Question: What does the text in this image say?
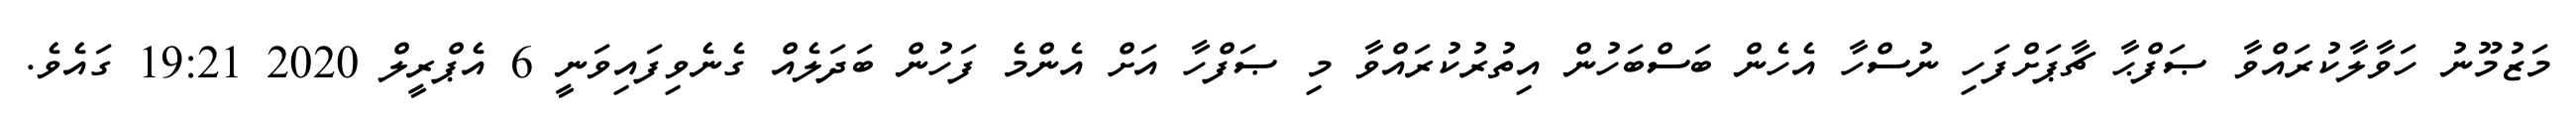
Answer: މަޒުމޫނު ހަވާލާކުރައްވާ ޞަފްޙާ ޗާޕަށްފަހި ނުސްހާ އެހެން ބަސްބަހުން އިތުރުކުރައްވާ މި ޞަފްހާ އަށް އެންމެ ފަހުން ބަދަލެއް ގެނެވިފައިވަނީ 6 އެޕްރީލް 2020 19:21 ގައެވެ.